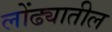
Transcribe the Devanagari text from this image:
लोंढ्यातील